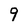
Character: 9